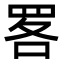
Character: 𦊲